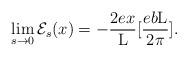
LaTeX: \begin{align*}\lim_{s \to 0} {\cal E}_{s}(x) = - \frac{2ex}{{\rm L}}[\frac{eb{\rm L}}{2\pi}].\end{align*}